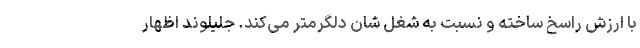
با ارزش راسخ ساخته و نسبت به شغل شان دلگرمتر می‌کند. جلیلوند اظهار